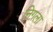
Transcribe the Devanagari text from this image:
निग़ला